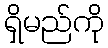
ရှိမည်ကို